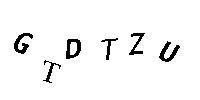
GTDTZU